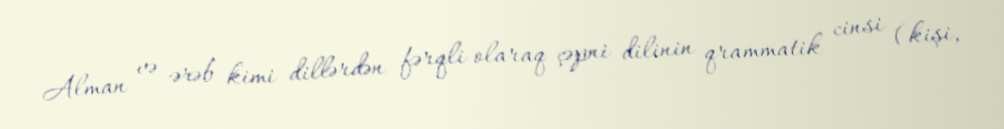
Alman və ərəb kimi dillərdən fərqli olaraq çəpni dilinin qrammatik cinsi (kişi,